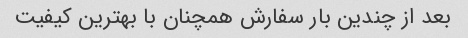
بعد از چندین بار سفارش همچنان با بهترین کیفیت